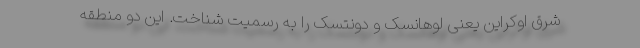
شرق اوکراین یعنی لوهانسک و دونتسک را به رسمیت شناخت. این دو منطقه